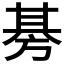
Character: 𭄭